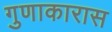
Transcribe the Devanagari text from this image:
गुणाकारास